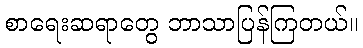
စာရေးဆရာတွေ ဘာသာပြန်ကြတယ်။